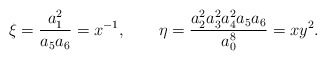
\begin{align*}\xi=\frac{a_1^2}{a_5a_6}=x^{-1},\qquad\eta=\frac{a_2^2a_3^2a_4^2a_5a_6}{a_0^8}=xy^2. \end{align*}